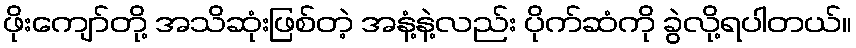
ဖိုးကျော်တို့ အသိဆုံးဖြစ်တဲ့ အနံ့နဲ့လည်း ပိုက်ဆံကို ခွဲလို့ရပါတယ်။